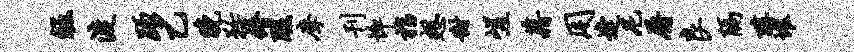
皈渡踊乙晚矜瘠瑕摩刊悴指想甜嵯藉用逢尼屠良隔醇堆